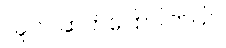
သူက ဆက်ပြောပါတယ်။